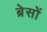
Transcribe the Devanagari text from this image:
ब्रेसों